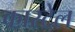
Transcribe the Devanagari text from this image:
कारटेल